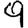
Digit: 9